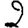
Digit: 2